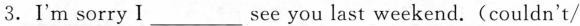
3.I'm sorry Isee ___you last weekend.(couldn't/